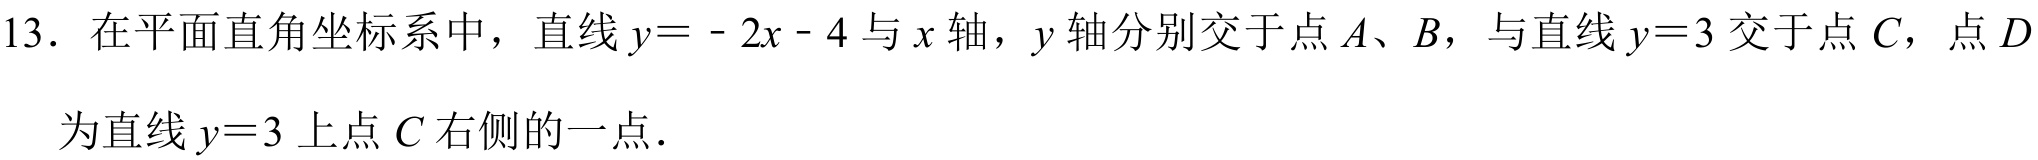
13. 在平面直角坐标系中，直线 \(y = - 2x - 4\) 与 \(x\) 轴，\(y\) 轴分别交于点 \(A\)、\(B\)，与直线 \(y = 3\) 交于点 \(C\)，点 \(D\) 为直线 \(y = 3\) 上点 \(C\) 右侧的一点.